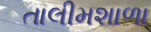
તાલીમશાળા